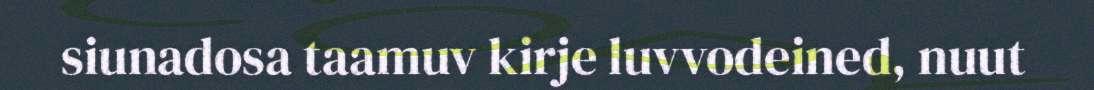
siunadosa taamuv kirje luvvodeined, nuut